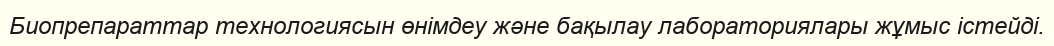
Биопрепараттар технологиясын өнімдеу және бақылау лабораториялары жұмыс істейді.